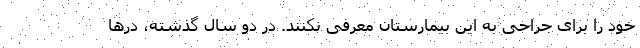
خود را برای جراحی به این بیمارستان معرفی نکنند. در دو سال گذشته، درها